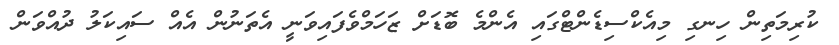
ކުރިމަތިން ހިނގި މިއެކްސިޑެންޓްގައި އެންމެ ބޮޑަށް ޒަހަމްވެފައިވަނީ އެތަނުން އެއް ސައިކަލު ދުއްވަން